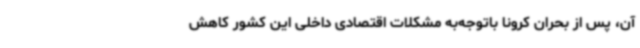
آن، پس از بحران کرونا باتوجه‌به مشکلات اقتصادی داخلی این کشور کاهش